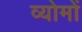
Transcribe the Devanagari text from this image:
व्योमों